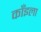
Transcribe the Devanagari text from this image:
काँइला